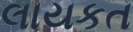
લાયકત